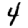
Digit: 4